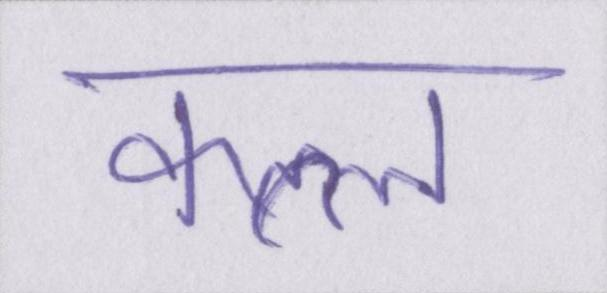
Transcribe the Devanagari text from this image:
कत्ल